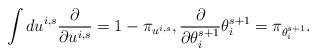
LaTeX: \begin{align*} \int d u^{i,s} \frac{\partial }{\partial u^{i,s}} = 1 - \pi_{u^{i,s}} ,\frac{\partial }{\partial \theta_i^{s+1}} \theta_i^{s+1} = \pi_{\theta_i^{s+1}} .\end{align*}